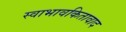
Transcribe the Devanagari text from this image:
स्वाभावकितावाद